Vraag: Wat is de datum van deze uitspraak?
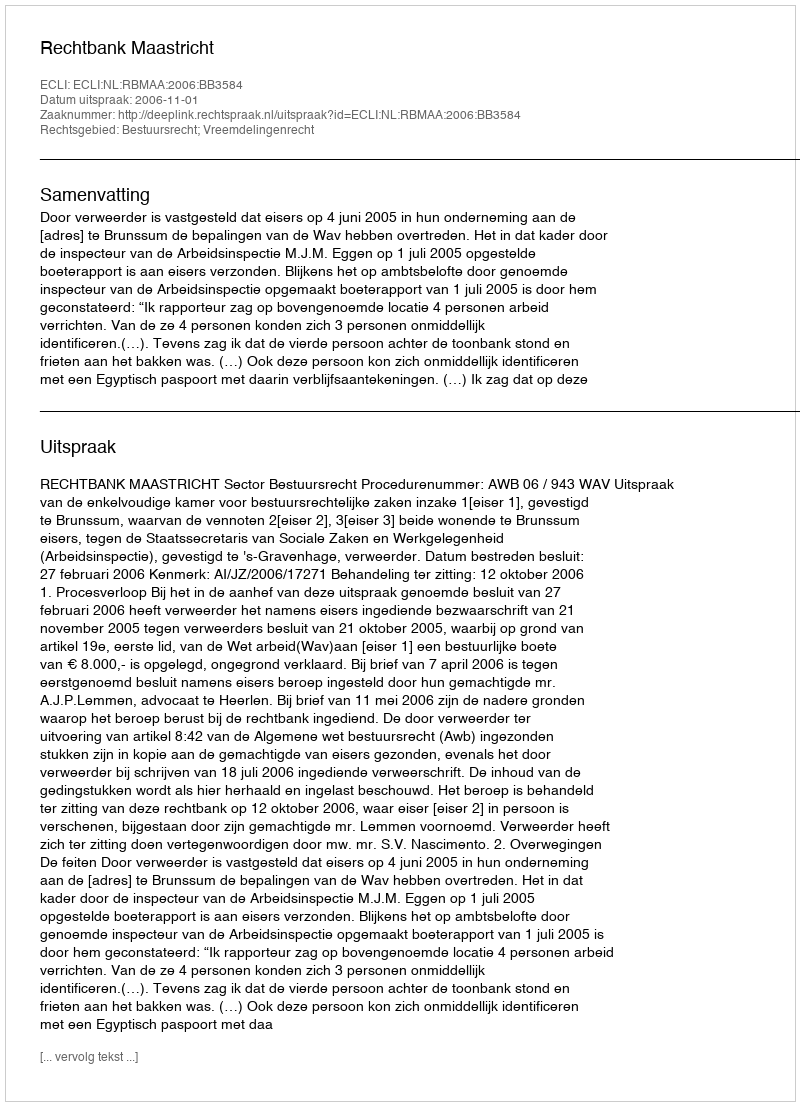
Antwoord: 2006-11-01